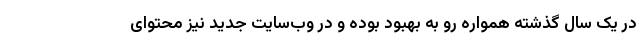
در یک سال گذشته همواره رو به بهبود بوده و در وب‌سایت جدید نیز محتوای